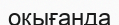
окығанда